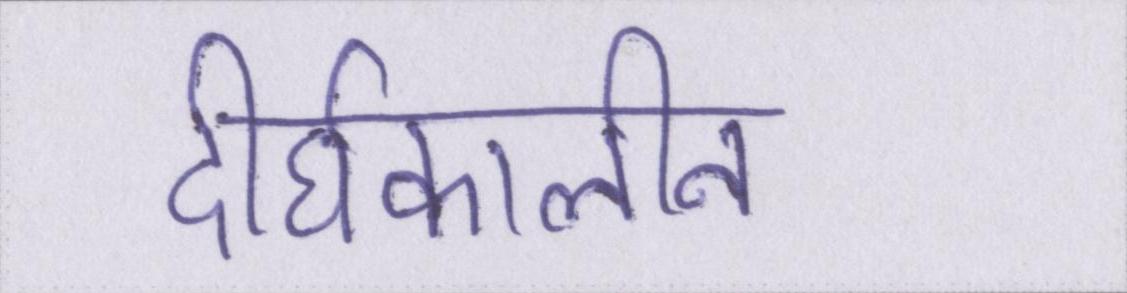
दीर्घकालीन